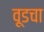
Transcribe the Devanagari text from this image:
वूडचा